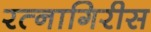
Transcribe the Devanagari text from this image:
रत्नागिरीस